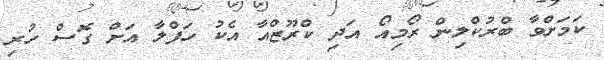
ކަމަށްވާ ބްރުކްލިން ރޯމިއޯ އަދި ކްރޫޒްއާ އެކު ހަފްލާ އަށް ގޮސް ހުރި